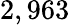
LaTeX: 2,963